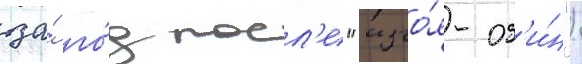
за́ го́д посл'е "изго́я-од'и́н")